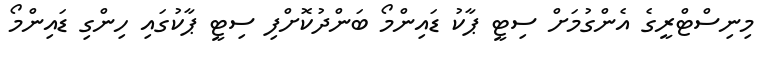
މިނިސްޓްރީގެ އެންގުމަށް ސިޓީ ޕާކު ޑައިންމޯ ބަންދުކޮށްފި ސިޓީ ޕާކުގައި ހިންގި ޑައިންމޯ